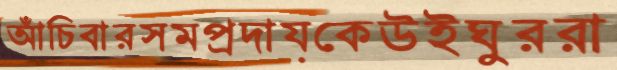
আঁচিবারসমপ্রদায়কেউইঘুররা